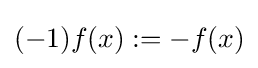
(-1)f(x):=-f(x)